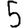
Digit: 5